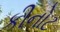
કીનોટ